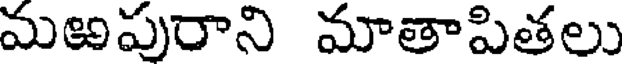
మఱపురాని మాతాపితలు